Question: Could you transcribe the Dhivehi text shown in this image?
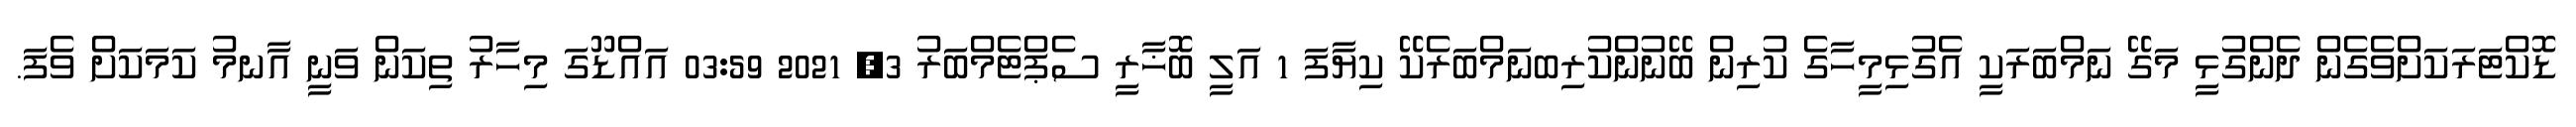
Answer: ޑޮކްޓަރަކަށްވެގެން ދެންގުޅީ މަގޭ ނަމްބަރަކީ އެގުޅިމީހާގެ ކުރިން ބޭނުންކުރިބނަމްބަރެކޭ ކިޔާފަ 1 އަލީ ބޮޚާރީ ސެޕްޓެމްބަރު 3, 2021 03:59 އައްޑޫގަ މިހާރު ތިކަން ވަނީ އާނމު ކަމަކަށް ވެފަ.